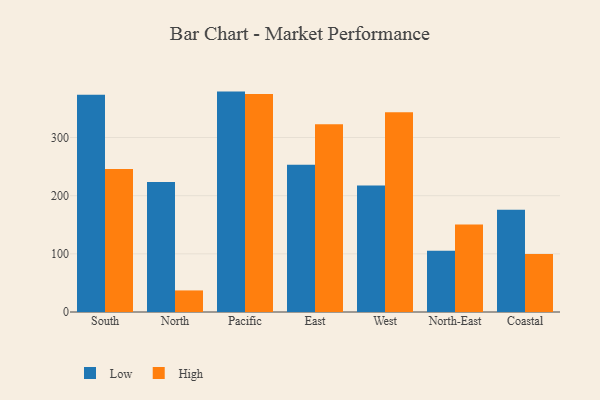
{"axis": {"x": "Region", "y": "Satisfaction Score"}, "legend": ["High", "Low"], "data": [{"x": "South", "y": 373.4, "type": "Low"}, {"x": "South", "y": 245.9, "type": "High"}, {"x": "North", "y": 223.6, "type": "Low"}, {"x": "North", "y": 37.1, "type": "High"}, {"x": "Pacific", "y": 378.9, "type": "Low"}, {"x": "Pacific", "y": 374.7, "type": "High"}, {"x": "East", "y": 253.3, "type": "Low"}, {"x": "East", "y": 322.6, "type": "High"}, {"x": "West", "y": 217.4, "type": "Low"}, {"x": "West", "y": 343.2, "type": "High"}, {"x": "North-East", "y": 105.3, "type": "Low"}, {"x": "North-East", "y": 150.4, "type": "High"}, {"x": "Coastal", "y": 175.6, "type": "Low"}, {"x": "Coastal", "y": 99.6, "type": "High"}]}